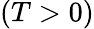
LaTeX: (T>0)